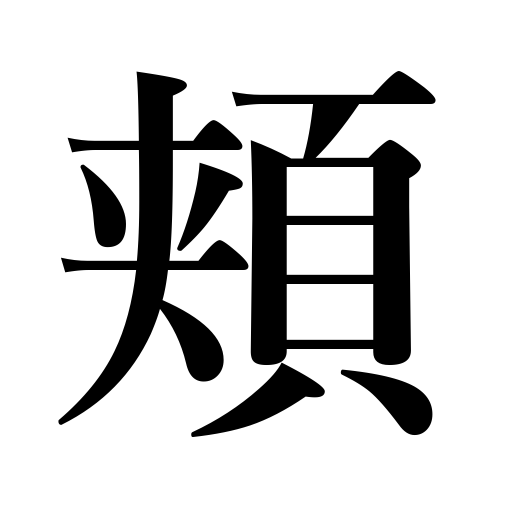
Meanings: cheek